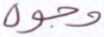
وجوه